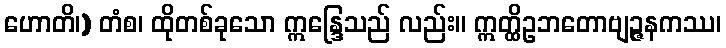
ဟောတိ၊) တံစ၊ ထိုတစ်ခုသော ဣန္ဒြေသည် လည်း။ ဣတ္ထိဥဘတောဗျဉ္ဇနကဿ၊